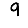
Digit: 9